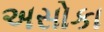
અસોકા